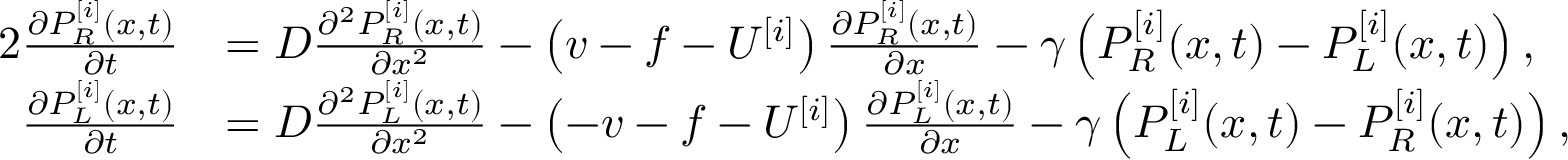
\begin{array} { r l } { { 2 } \frac { \partial P _ { R } ^ { [ i ] } ( x , t ) } { \partial t } } & { = D \frac { \partial ^ { 2 } P _ { R } ^ { [ i ] } ( x , t ) } { \partial x ^ { 2 } } - \left( v - f - U ^ { [ i ] } \right) \frac { \partial P _ { R } ^ { [ i ] } ( x , t ) } { \partial x } - \gamma \left( P _ { R } ^ { [ i ] } ( x , t ) - P _ { L } ^ { [ i ] } ( x , t ) \right) , } \\ { \frac { \partial P _ { L } ^ { [ i ] } ( x , t ) } { \partial t } } & { = D \frac { \partial ^ { 2 } P _ { L } ^ { [ i ] } ( x , t ) } { \partial x ^ { 2 } } - \left( - v - f - U ^ { [ i ] } \right) \frac { \partial P _ { L } ^ { [ i ] } ( x , t ) } { \partial x } - \gamma \left( P _ { L } ^ { [ i ] } ( x , t ) - P _ { R } ^ { [ i ] } ( x , t ) \right) , } \end{array}